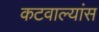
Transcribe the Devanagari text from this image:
कटवाल्यांस